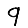
Digit: 9